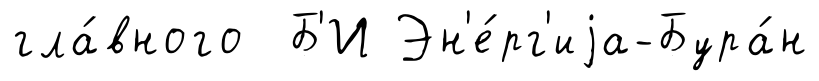
гла́вного Б'И Эн'е́рг'иjа-Бура́н